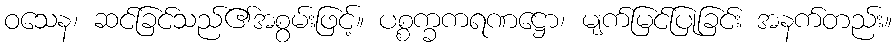
ဝသေန၊ ဆင်ခြင်သည်၏အစွမ်းဖြင့်။ ပစ္စက္ခကရဏဋ္ဌော၊ မျက်မြင်ပြုခြင်း အနက်တည်း။